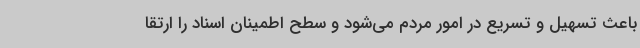
باعث تسهیل و تسریع در امور مردم می‌شود و سطح اطمینان اسناد را ارتقا